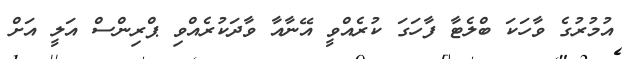
އުމުރުގެ ވާހަކަ ބްލެޓާ ފާހަގަ ކުރެއްވީ އޭނާއާ ވާދަކުރެއްވި ޕްރިންސް އަލީ އަށް